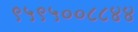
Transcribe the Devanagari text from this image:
९५९५००८८४४